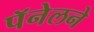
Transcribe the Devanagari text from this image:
पॅनेलने